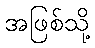
အဖြစ်သို့